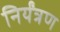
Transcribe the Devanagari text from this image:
निर्यंत्रण